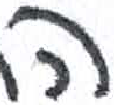
אות: ה